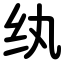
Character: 纨